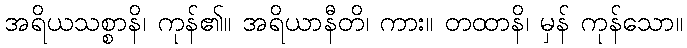
အရိယသစ္စာနိ၊ ကုန်၏။ အရိယာနီတိ၊ ကား။ တထာနိ၊ မှန် ကုန်သော။